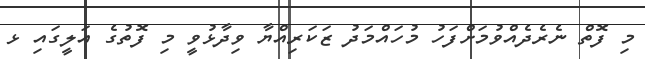
މި ފޮތް ނެރެދެއްވުމަށްފަހު މުހައްމަދު ޒަކަރިއްޔާ ވިދާޅުވީ މި ފޮތުގެ އަލީގައި ޅ